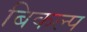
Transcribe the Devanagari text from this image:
बिकल्प